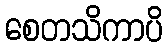
စေတသိကာပိ